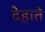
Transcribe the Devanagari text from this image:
देहाते